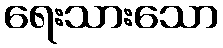
ရေးသားသော